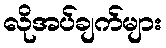
လိုအပ်ချက်များ